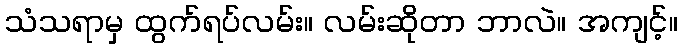
သံသရာမှ ထွက်ရပ်လမ်း။ လမ်းဆိုတာ ဘာလဲ။ အကျင့်။